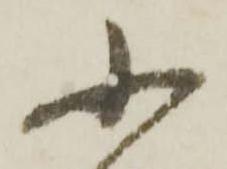
小